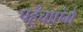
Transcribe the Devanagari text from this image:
पहुँचाएंगे